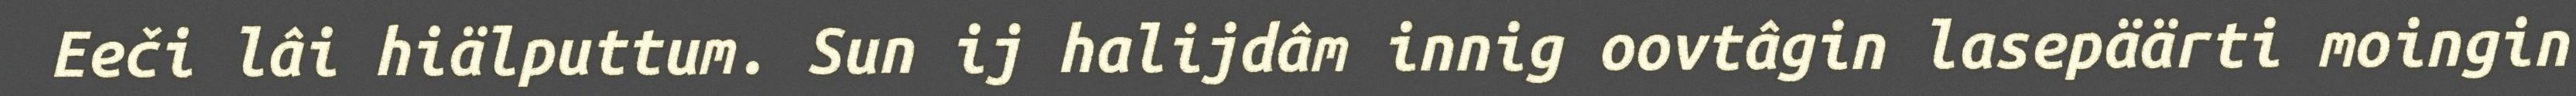
Eeči lâi hiälputtum. Sun ij halijdâm innig oovtâgin lasepäärti moingin